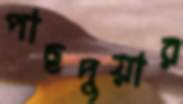
পাছদুয়ার